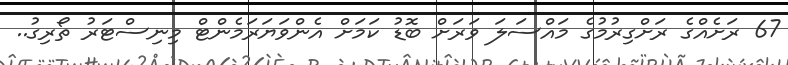
67 ރަށެއްގެ ރަށްގިރުމުގެ މައްސަލަ ވަރަށް ބޮޑު ކަމަށް އެންވަޔަރަމެންޓް މިނިސްޓަރު ތޯރިގު..